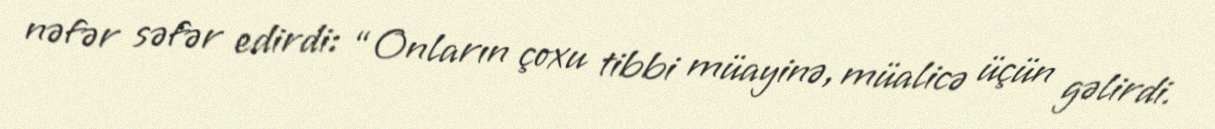
nəfər səfər edirdi: “Onların çoxu tibbi müayinə, müalicə üçün gəlirdi.